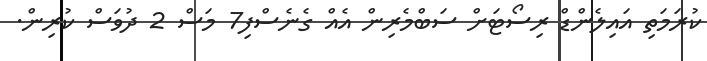
ކުރަމަތި އައިލެންޑް ރިސޯޓަށް ސަބްމެރިން އެއް ގެނެސްފި7 މަސް 2 ދުވަސް ކުރިން.